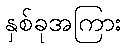
နှစ်ခုအကြား